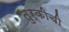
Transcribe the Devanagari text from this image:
तुर्कीची